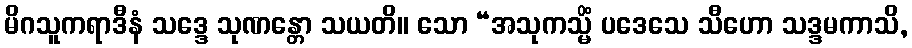
မိဂသူကရာဒီနံ သဒ္ဒေ သုဏန္တော သယတိ။ သော “အသုကသ္မိံ ပဒေသေ သီဟော သဒ္ဒမကာသိ,